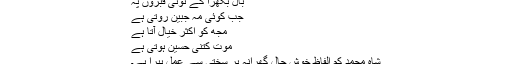
بال بکھرا کے ٹوٹی قبروں پہ
جب کوئی مہ جبین روتی ہے
مجھ کو اکثر خیال آتا ہے
موت کتنی حسین ہوتی ہے
شاہ محمد کم الفاظ خوش حال گھرانہ پر سختی سے عمل پیرا ہے۔